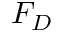
F _ { D }